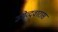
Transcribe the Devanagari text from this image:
उमेव्दवारास